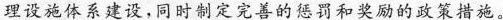
理设施体系建设，同时制定完善的惩罚和奖励的政策措施。